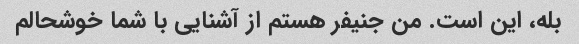
بله، این است. من جنیفر هستم از آشنایی با شما خوشحالم